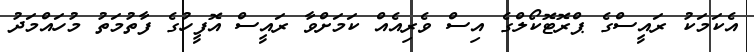
އެކަމަކު ރައީސްގެ ޕްރޮޓޮކޯލްގެ އިސް ވެރިއެއް ކަމަށްވާ ރައީސް އޮފީހުގެ ފާތުމަތު މުހައްމަދު